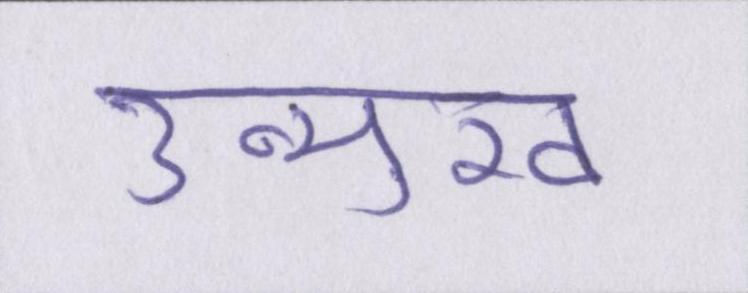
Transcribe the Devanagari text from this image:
उन्मुख